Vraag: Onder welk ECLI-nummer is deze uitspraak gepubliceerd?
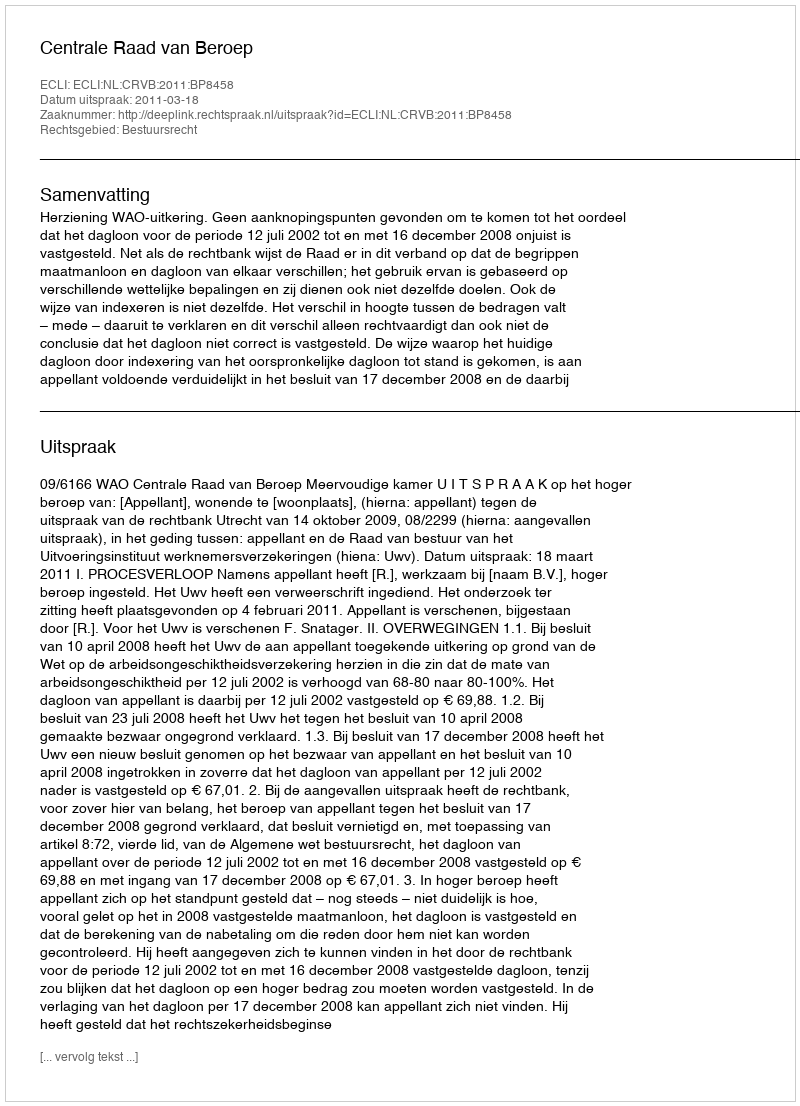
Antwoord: ECLI:NL:CRVB:2011:BP8458